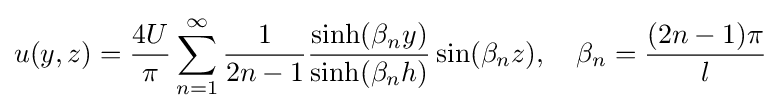
u(y,z)={\frac {4U}{\pi }}\sum _{n=1}^{\infty }{\frac {1}{2n-1}}{\frac {\sinh(\beta _{n}y)}{\sinh(\beta _{n}h)}}\sin(\beta _{n}z),\quad \beta _{n}={\frac {(2n-1)\pi }{l}}